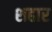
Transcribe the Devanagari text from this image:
शहार